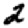
Digit: 2